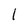
Character: 1